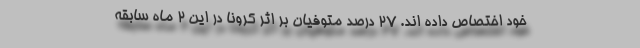
خود اختصاص داده اند. ۲۷ درصد متوفیان بر اثر کرونا در این 2 ماه سابقه